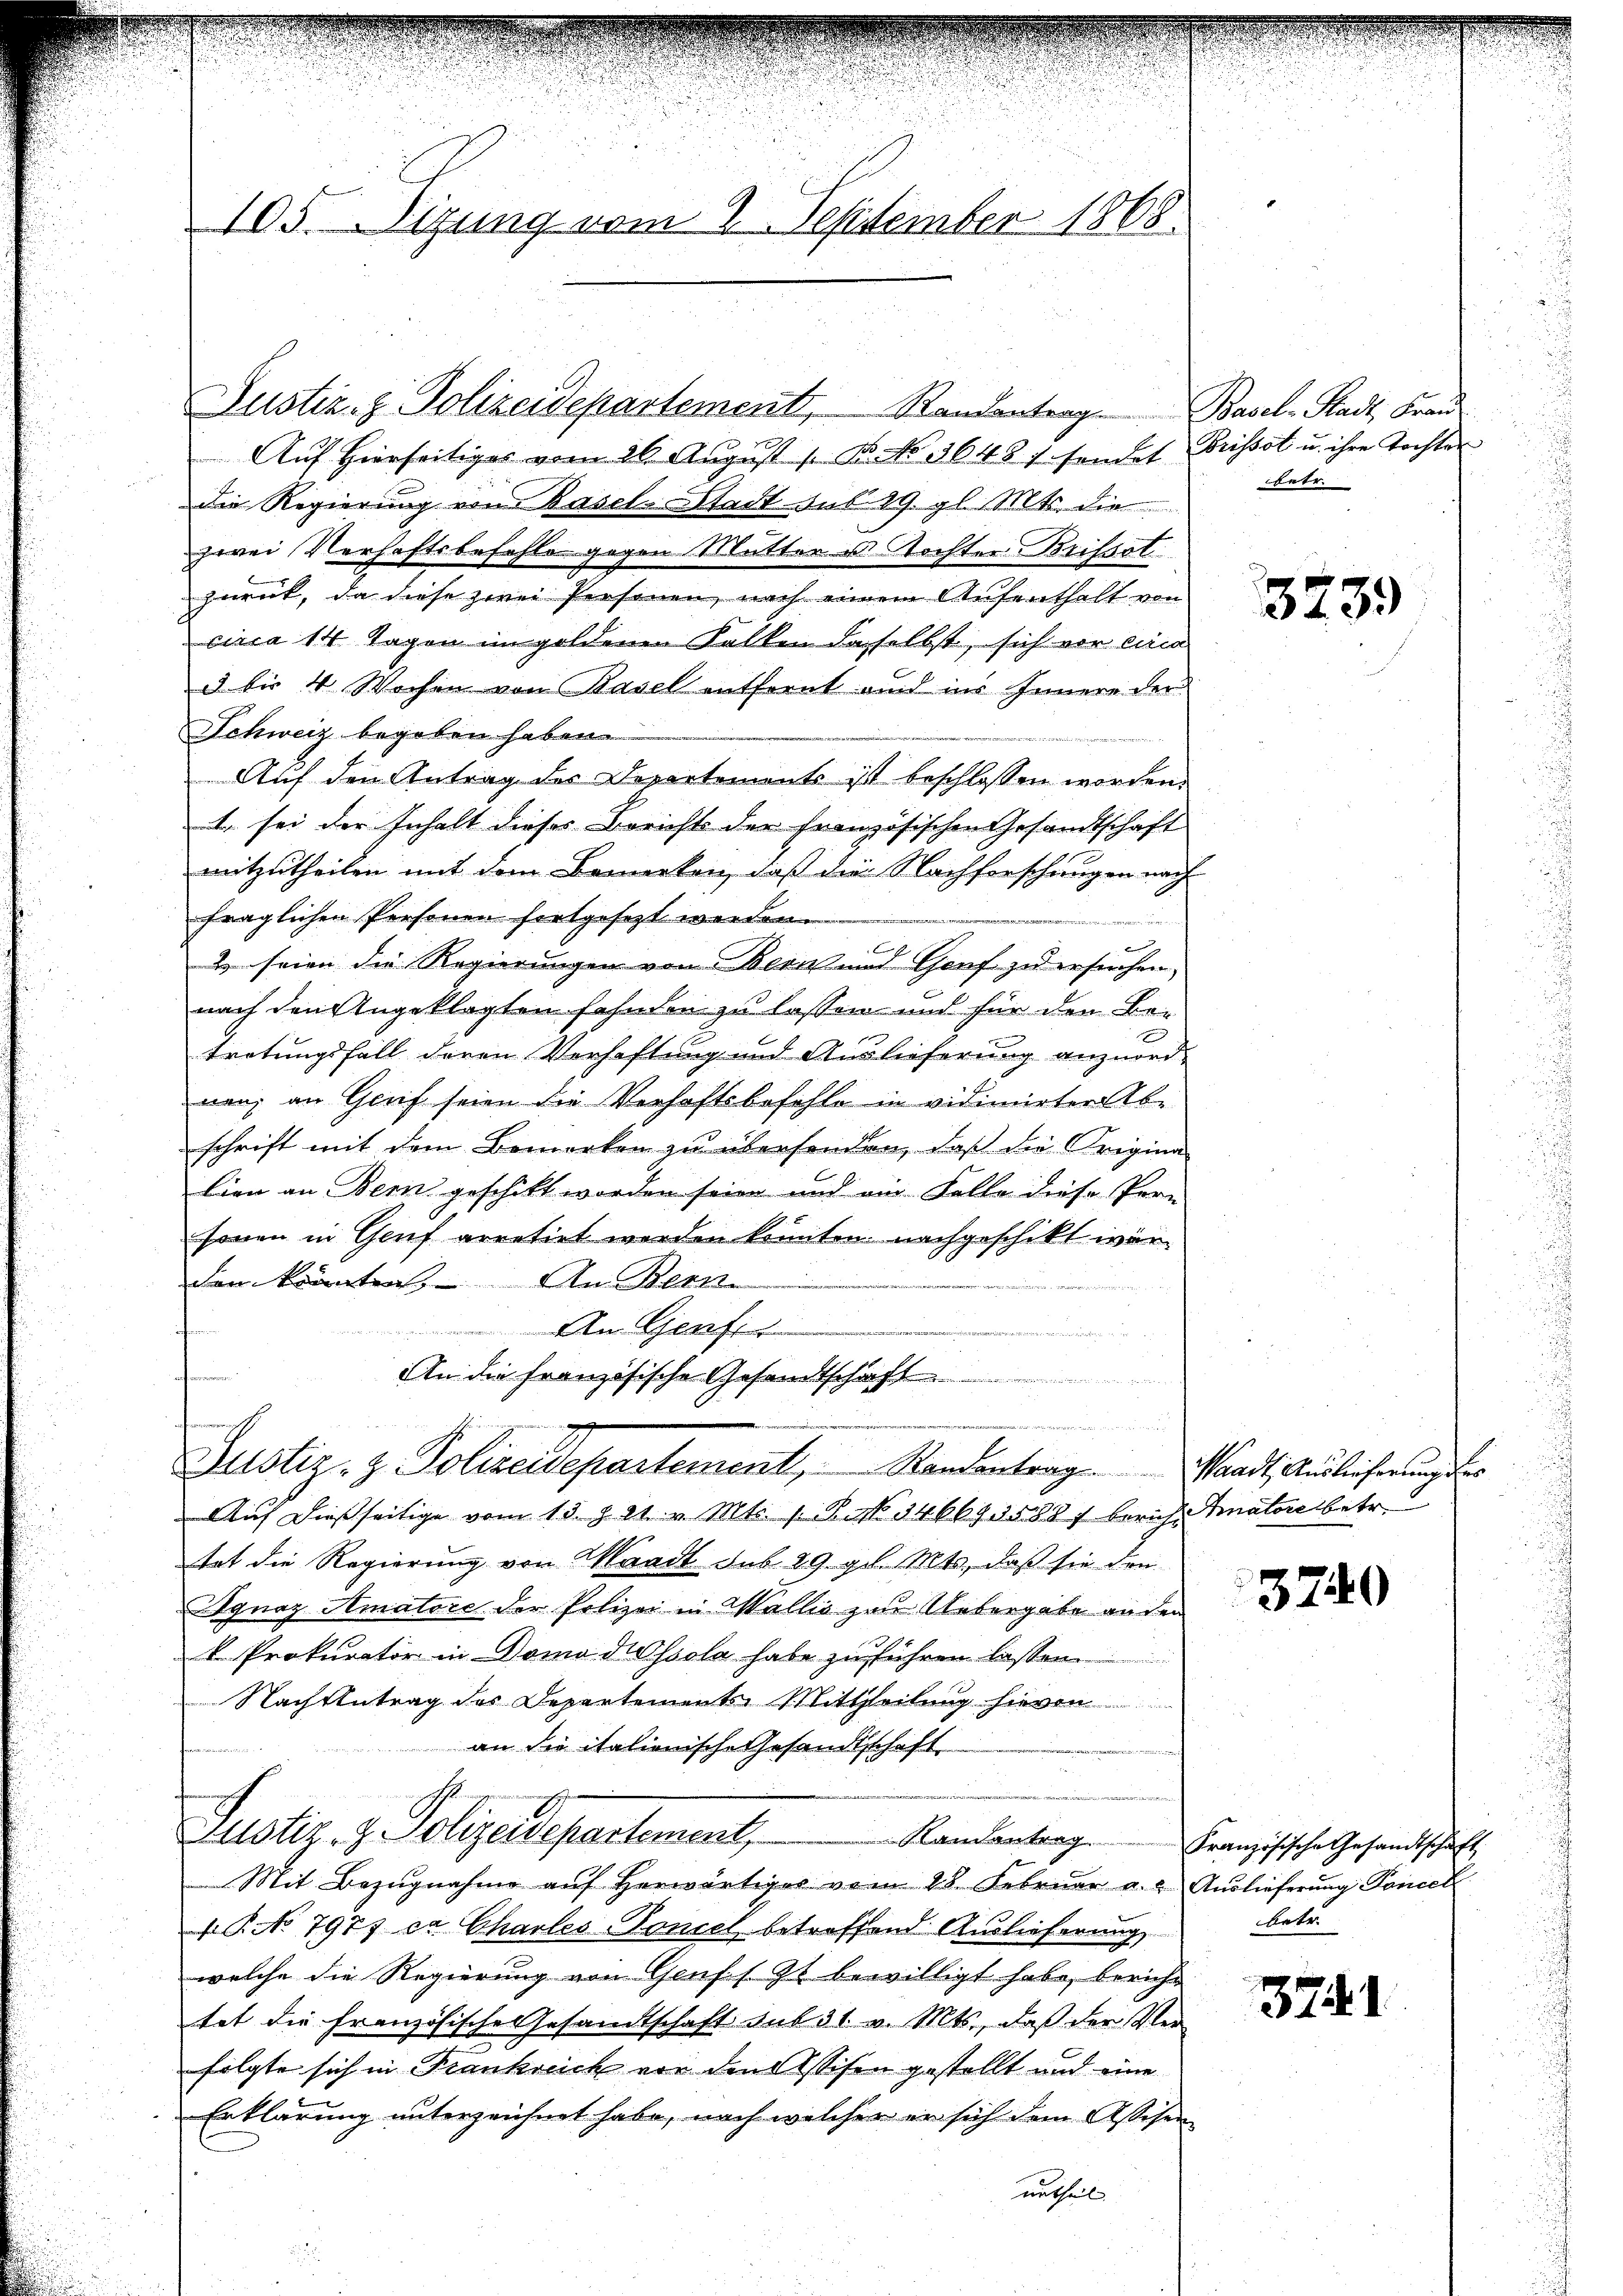
105. Sizung vom 2. September 1868.

Auf Hierseitiges vom 26. August 1. B. No 36487 sendet Brissot u. ihre Tochter
die Regierung von Basel-Stadt du 19. gl. Mts. die
zwei Verhaftsbefehle gegen Mutter u. Tochter Brissot
zurück, da diese zwei Personen, nach einem Aufenthalt von
circa 14 Tagen im goldenen Kalken daselbst, sich vor eina
3 bis 4 Wochen von Basel entfernt und ins Innere der
Schweiz begeben haben.
Auf den Antrag des Departements ist beschlossen worden.
Er sei der Inhalt dieses Berichts der Französischen Gesandtschaft
mitzutheilen mit dem Bemerken, daß die Nachforschungen nach
2
fraglichen Personen fortgesezt werden.
e
x
2 seien die Regierungen von Bern und Genf zu ersuchen,
nach den Angeklagten fahnden zu lassen und für den Be-
tretungsfall deren Verhaftung und Auslieferung anzuordnen; an Greif seien die Verhaftsbefehle in vidimirter Ab-
schrift mit dem Bemerken zu übersenden, daß die Origina
lien an Bern geschikt worden seien und ein Falle diese Per-
sonen in Genf arretirt werden könnten. nachgeschikt war.
den kranten, An Bern
An Genf
.
An die französische Gesandtschaft

Justiz- & Polizeidepartement, Standentrag. Waadt, Auslicherung der
Auf dießseitige vom 13. §. 21. v. Mts. 1. B. No. 346695588) berich. Immatore betr.
tat die Regierung von Waadt sub. 29. gl. Mts., daß sie den
Agnaz Amatore der Polizei in Wallis zur Uebergabe anden
V Prokurator in Domo dissola habe zu führen lassen
Nachtentrag des Departements Mittheilung hievon
an die italionische Gesandtschaft

Astiz- & Polizeidepartement,            Randenberg.
Mit Bezugnahme aŭf herwärtiger vom 28. Februar a. a. Auslieferung Poncell
T. No 7977 er Charles-Toniel betreffend Auslieferung
welche die Regierung von Genf s. Zt. bewilligt habe, bericht
tat die Französische Gesandtschaft aus 31. v. Mts., daß der Verfolgte sich in Frankreich vor den Assisen gestellt und eine
Erklärung unterzeichnet habe, nach welcher er sich dem Assesen
urtheil.

Justiz- & Polizeidepartement, Randantrag. Basel-Stadt, Frau

hetr.

3239

3740

Französische Gesandtschaft
bete

374